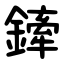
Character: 鏲